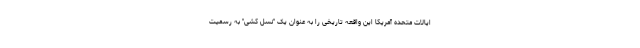
ایالات متحده آمریکا این واقعه تاریخی را به عنوان یک "نسل کشی" به رسمیت